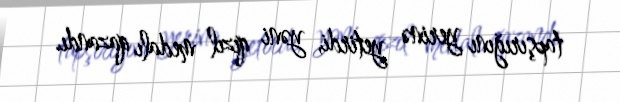
tapşırığını yerinə yetirdi, yəni qızıl medalı qazandı.